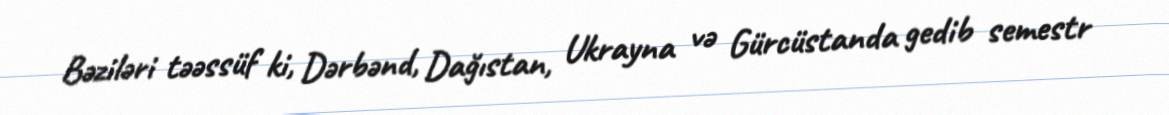
Bəziləri təəssüf ki, Dərbənd, Dağıstan, Ukrayna və Gürcüstanda gedib semestr